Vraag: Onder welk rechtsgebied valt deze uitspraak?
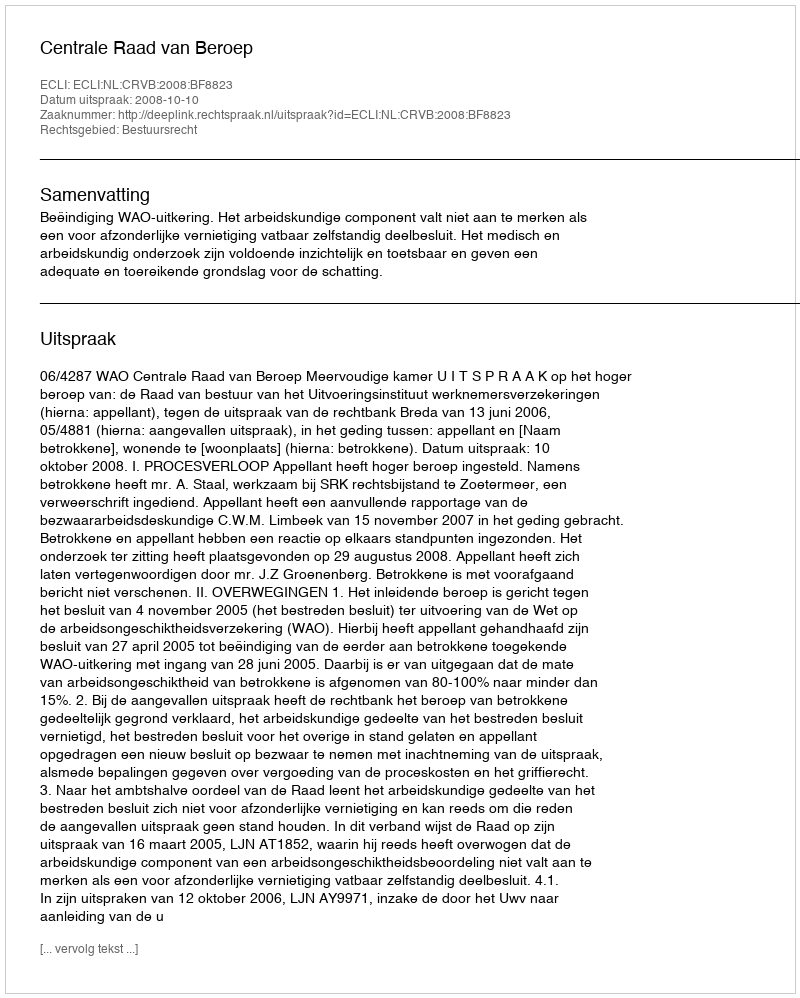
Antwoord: Bestuursrecht